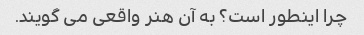
چرا اینطور است؟ به آن هنر واقعی می گویند.